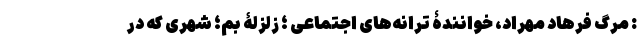
: مرگ فرهاد مهراد، خوانندۀ ترانه‌های اجتماعی ؛ زلزلۀ بم؛ شهری که در